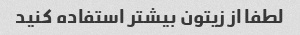
لطفا از زیتون بیشتر استفاده کنید